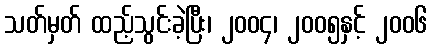
သတ်မှတ် ထည့်သွင်းခဲ့ပြီး၊ ၂၀၀၄၊ ၂၀၀၅နှင့် ၂၀၀၆